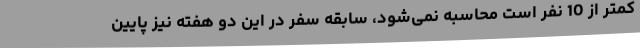
کمتر از 10 نفر است محاسبه نمی‌شود، سابقه سفر در این دو هفته نیز پایین